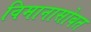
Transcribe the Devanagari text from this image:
विमानासोबत